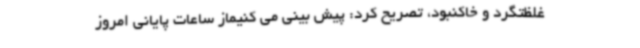
غلظتگرد و خاکنبود، تصریح کرد: پیش بینی می کنیماز ساعات پایانی امروز